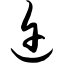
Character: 迕